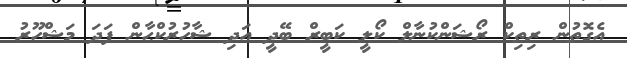
އެގޮތުން ރިތިކް ރޯޝަންކުނާލް ކޯލީ ކަބީރް ބޭދީ އަދި ޝާހުރުކްޙާން ފަދަ މަޝްހޫރު